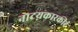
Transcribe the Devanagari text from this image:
नाटय़कारकीर्द